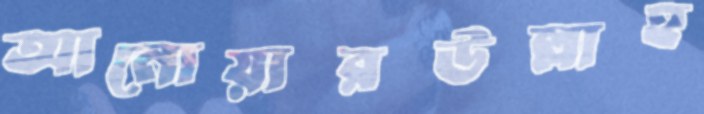
আনোয়ারউল্লাহ